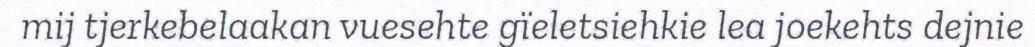
mij tjerkebelaakan vuesehte gïeletsiehkie lea joekehts dejnie